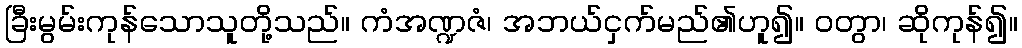
ခြီးမွမ်းကုန်သောသူတို့သည်။ ကံအဏ္ဍဇံ၊ အဘယ်ငှက်မည်၏ဟူ၍။ ဝတွာ၊ ဆိုကုန်၍။